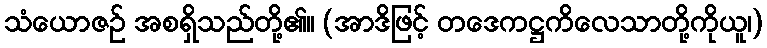
သံယောဇဉ် အစရှိသည်တို့၏။ (အာဒိဖြင့် တဒေကဋ္ဌကိလေသာတို့ကိုယူ၊)